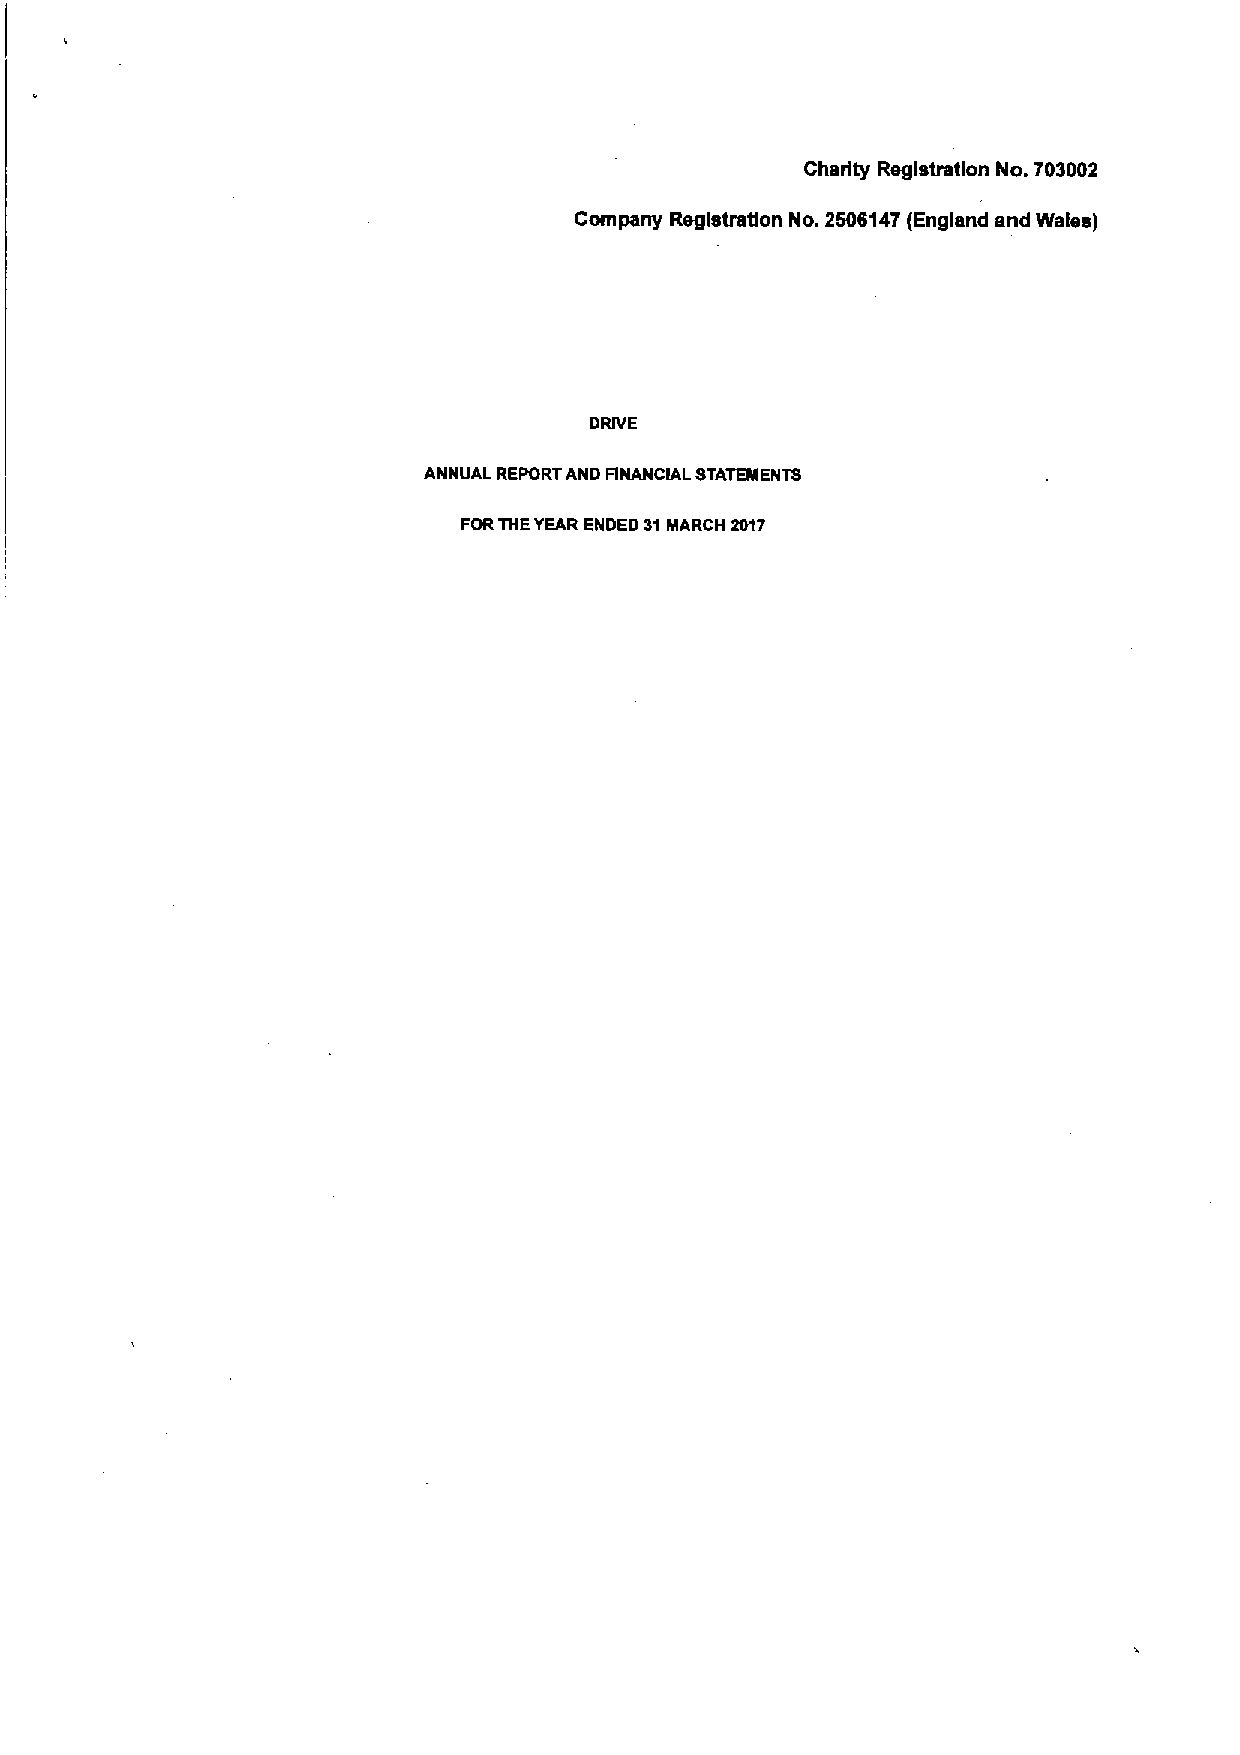
Charity Registration No. 703002
 Company Registration No. 2506147(England and Wales)
 DRIVE
 ANNUAL REPORTAND FINANCIAL STATEMENTS
 FORTHEYEARENDED LH MARCH 2017